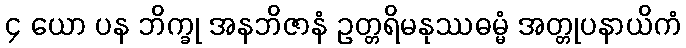
၄ ယော ပန ဘိက္ခု အနဘိဇာနံ ဥတ္တရိမနုဿဓမ္မံ အတ္တုပနာယိကံ